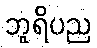
ဘူရိပည